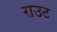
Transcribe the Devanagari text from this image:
राउट